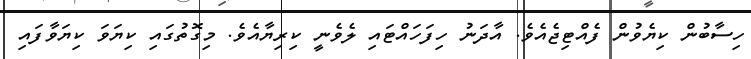
ހިސާބުން ކިޔެވުން ފެއްޓިޖެއެވެ. އާދަނު ހިފަހައްޓައި ލެވެނީ ކިރިޔާއެވެ. މިގޮތުގައި ކިޔަވަ ކިޔަވާފައި